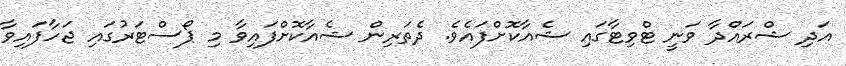
އަދި ޝްރައްދާ ވަނީ ޓްވިޓާގައި ޝެއާކޮށްފައެވެ. ދެތަރިން ޝެއާކޮށްފައިވާ މި ޕޯސްޓަރުގައި ޖަހާފައިވާ